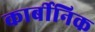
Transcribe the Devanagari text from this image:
कार्बीनिक